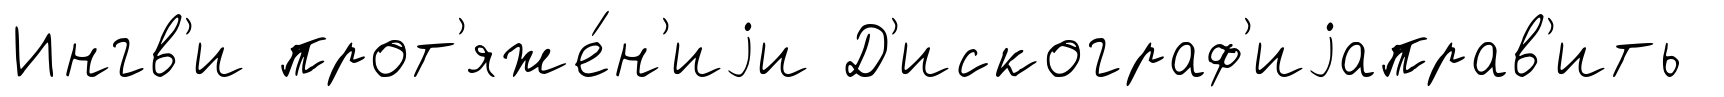
Ингв'и прот'яже́н'иjи Д'искограф'иjаправ'ить